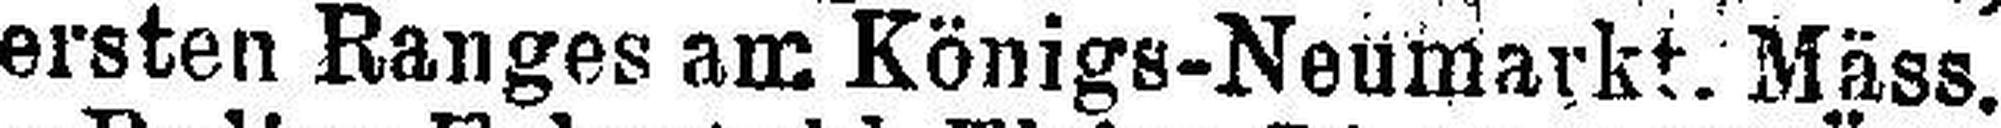
ersten Ranges am Königs-Neumarkt. Mäss.